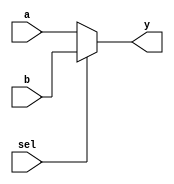
module VectorContinuousAssignment(
    input wire [3:0] a,         // 4-bit input vector
    input wire [3:0] b,         // Another 4-bit input vector
    input wire sel,             // Select signal for a multiplexer
    output wire [3:0] y         // 4-bit output vector
);

// Continuous assignment: y is assigned based on the select signal
assign y = (sel) ? b : a;     // If sel is 1, assign b to y, else assign a to y

endmodule